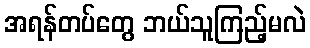
အရန်တပ်တွေ ဘယ်သူကြည့်မလဲ